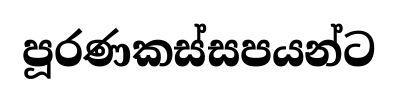
පූරණකස්සපයන්ට